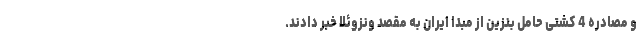
و مصادره 4 کشتی حامل بنزین از مبدا ایران به مقصد ونزوئلا خبر دادند.